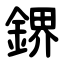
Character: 鎅